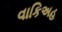
વાકિઅહ